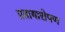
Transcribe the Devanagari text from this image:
प्रतायारोपण